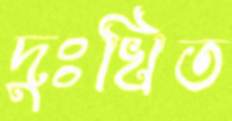
দুঃখিত